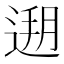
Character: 𰻄